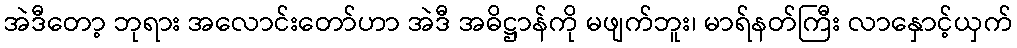
အဲဒီတော့ ဘုရား အလောင်းတော်ဟာ အဲဒီ အဓိဋ္ဌာန်ကို မဖျက်ဘူး၊ မာရ်နတ်ကြီး လာနှောင့်ယှက်